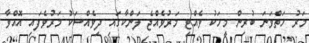
މަރު ހަތްވަނަ ބުރިން މީހަކު ވެއްޓި މަރުވެއްޖެ ލަންކާގައި ދިވެއްސަކު މަރުވެފައި އޮއްވާ